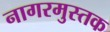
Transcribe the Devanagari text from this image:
नागरमुस्तक